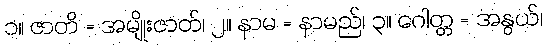
၁။ ဇာတိ = အမျိုးဇာတ်၊ ၂။ နာမ = နာမည်၊ ၃။ ဂေါတ္တ = အနွယ်၊